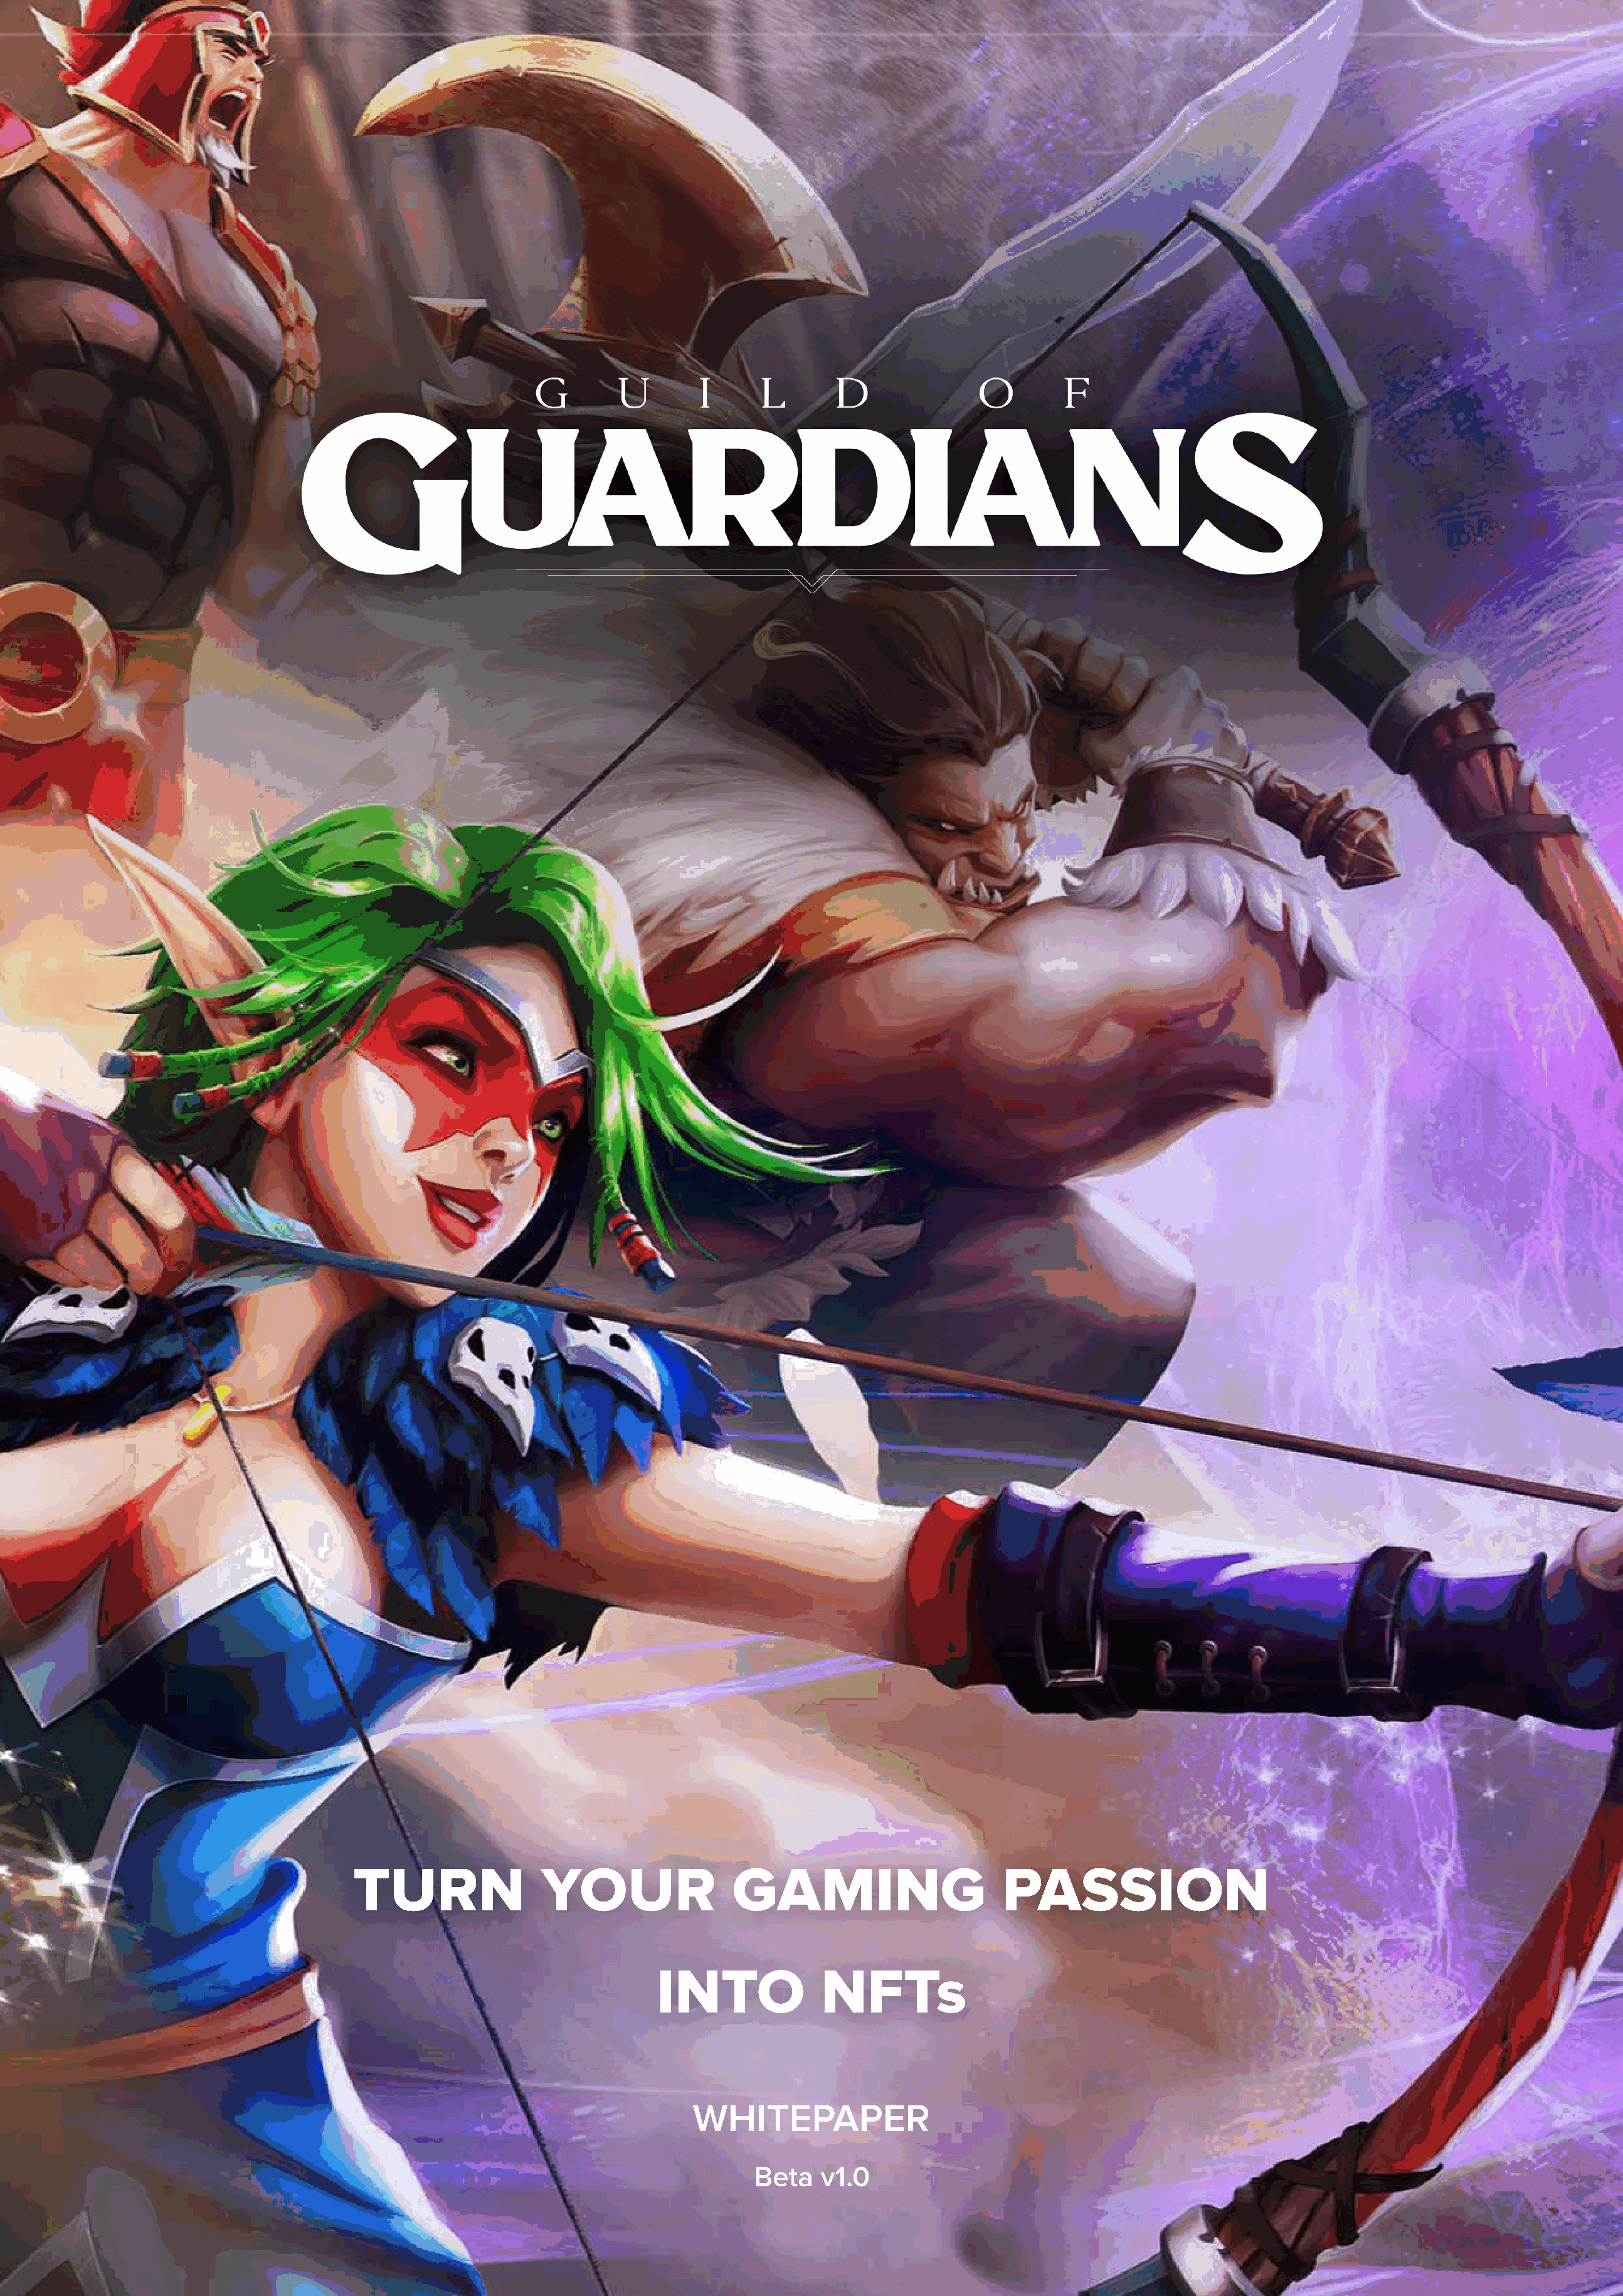
TURN                YOUR                GAMING                       PASSION
 INTO              NFTs
 Whitepaper
 Beta   v1.0